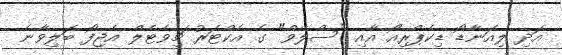
އަދި ލިއަނާޑޯ ޑިކެޕްރިއޯ އާއި "ސްލޭވް" ގެ އެކްޓަރު ޗިވެޓެލް އެޖިފޯ ބަލިވާނެ